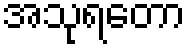
အသုရတော